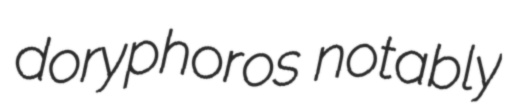
doryphoros notably